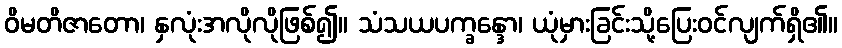
ဝိမတိဇာတော၊ နှလုံးအလိုလိုဖြစ်၍။ သံသယပက္ခန္ဒော၊ ယုံမှားခြင်းသို့ပြေးဝင်လျက်ရှိ၏။